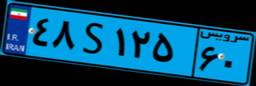
۴۸S۱۲۵۶۰